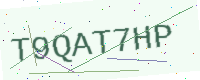
Text: T9QAT7HP